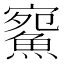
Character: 𩸪